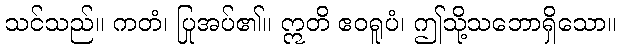
သင်သည်။ ကတံ၊ ပြုအပ်၏။ ဣတိ ဧဝရူပံ၊ ဤသို့သဘောရှိသော။